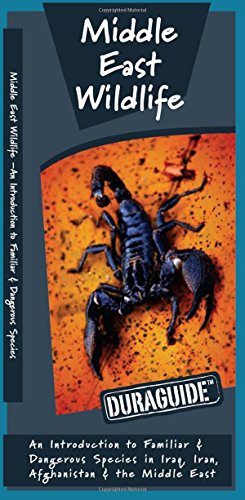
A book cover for Middle East Wildlife: An Introduction to Familiar & Dangerous Species in Iraq, Iran, Afghanistan & the Middle East (Duraguide Series); James Kavanagh; Travel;